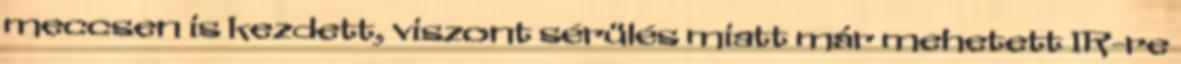
meccsen is kezdett, viszont sérülés miatt már mehetett IR-re